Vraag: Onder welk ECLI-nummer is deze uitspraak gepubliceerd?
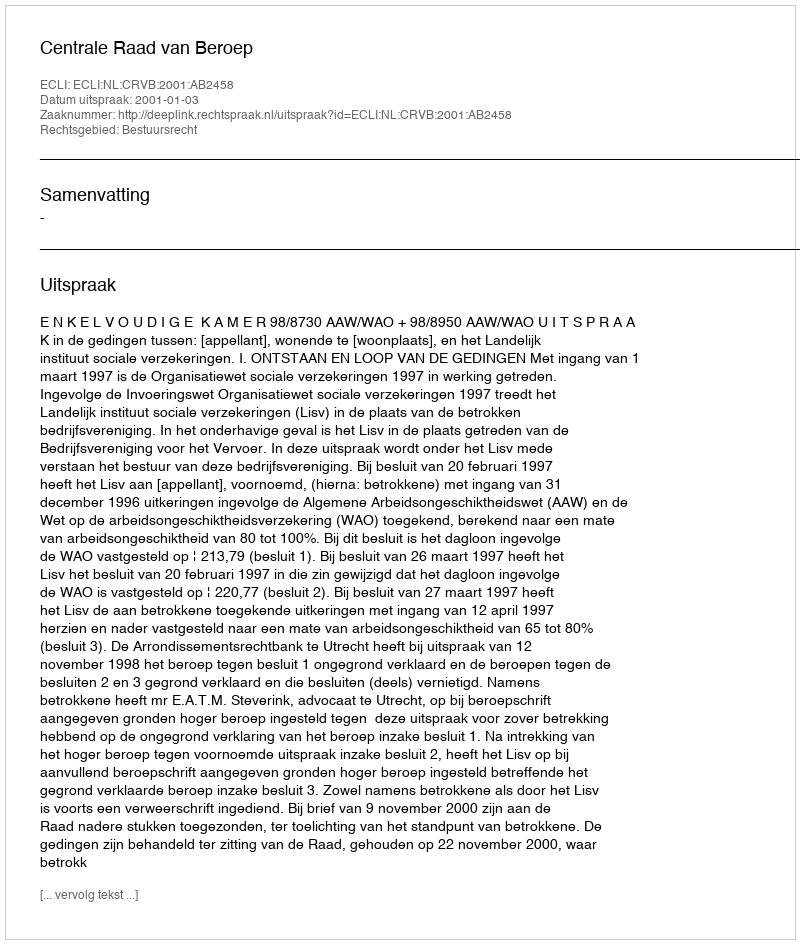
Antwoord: ECLI:NL:CRVB:2001:AB2458